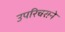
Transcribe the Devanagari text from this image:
उपरिचराने